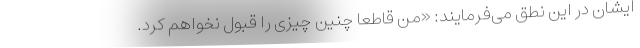
ایشان در این نطق می‌فرمایند: «من قاطعا چنین چیزی را قبول نخواهم کرد.